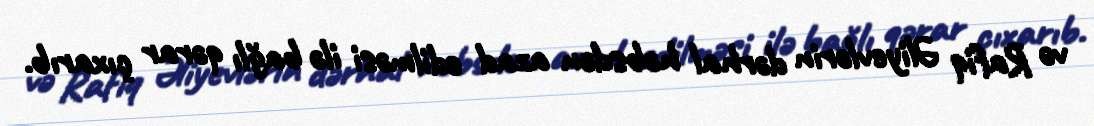
və Rafiq Əliyevlərin dərhal həbsdən azad edilməsi ilə bağlı qərar çıxarıb.